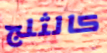
كالثلج